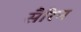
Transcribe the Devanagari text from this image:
सैरिन